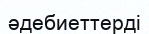
әдебиеттерді